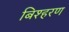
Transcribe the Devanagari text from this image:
बिश्हरण